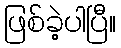
ဖြစ်ခဲ့ပါပြီ။